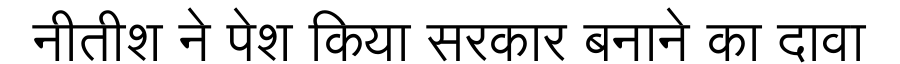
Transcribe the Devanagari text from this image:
नीतीश ने पेश किया सरकार बनाने का दावा